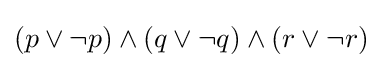
(p\lor \neg p)\land (q\lor \neg q)\land (r\lor \neg r)